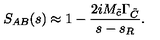
S _ { A B } ( s ) \approx 1 - \frac { 2 i M _ { \tilde { c } } \Gamma _ { \tilde { C } } } { s - s _ { R } } .